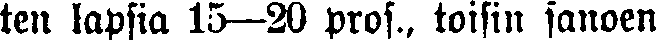
ten lapsia 15—20 pros., toisin sanoen